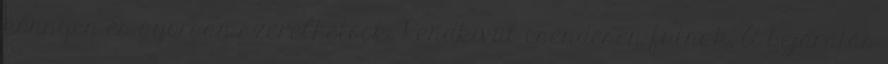
könnyen és gyorsan szerelhetőek, Rendkívül csendesen futnak, A bejáratás